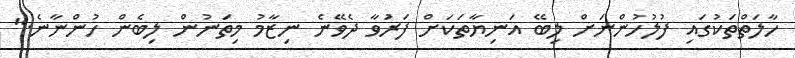
ހާލަތްތަކުގައި ފުލުހުންނަށް ލިބޭ އަނިޔާތަކަށް ފަރުަވާ ދެވޭނެ ނިޒާމު މިތަނުން ލިބެން ހުންނާނެ."